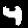
Label: 4